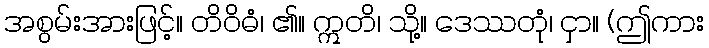
အစွမ်းအားဖြင့်။ တိဝိဓံ၊ ၏။ ဣတိ၊ သို့။ ဒေဿတုံ၊ ငှာ။ (ဤကား